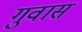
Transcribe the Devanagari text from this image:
गुवास